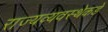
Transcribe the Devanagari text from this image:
राज्यव्यवस्थेकडे